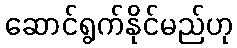
ဆောင်ရွက်နိုင်မည်ဟု